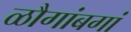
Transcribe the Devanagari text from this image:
ळौगांबगां